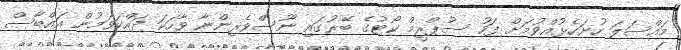
މައްސަލަ ހުށަހެޅުއްވުމަށް ފަހު ސުޕްރީމް ކޯޓުގެ ބޭރުގައި ނޫސްވެރިންނާ ވާހަކަ ދައްކަވަމުން އައްބާސް